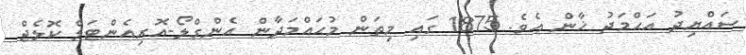
ސައްޔިދު އަޙްމަދު ޚާން އެވެ. 1875 ގައި މިތަން މުޙައްމަދާން އެންގްލޯ-އޮރިއެންޓަލް ކޮލެޖް